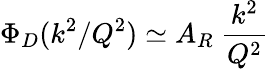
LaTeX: \Phi_{D}(k^{2}/Q^{2})\simeq A_{R}\ {\frac{k^{2}}{Q^{2}}}